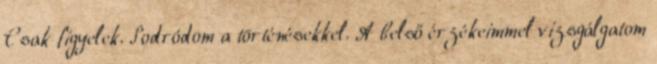
Csak figyelek. Sodródom a történésekkel. A belső érzékeimmel vizsgálgatom